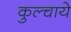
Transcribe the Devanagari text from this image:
कुल्चाये